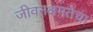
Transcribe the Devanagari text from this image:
जीवनक्षमतेचा